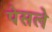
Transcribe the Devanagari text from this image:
पेसले